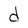
Character: d